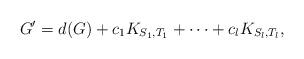
LaTeX: \begin{align*}G'=d(G) + c_1K_{S_1, T_1} + \dots + c_l K_{S_l,T_l},\end{align*}